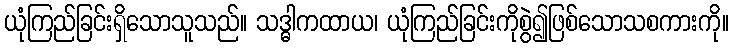
ယုံကြည်ခြင်းရှိသောသူသည်။ သဒ္ဓါကထာယ၊ ယုံကြည်ခြင်းကိုစွဲ၍ဖြစ်သောသစကားကို။